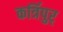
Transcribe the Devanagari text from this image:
कर्त्रिपुर्